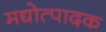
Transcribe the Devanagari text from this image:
मद्योत्पादक